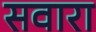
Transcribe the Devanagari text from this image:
सवारा